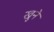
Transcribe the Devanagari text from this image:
खुने